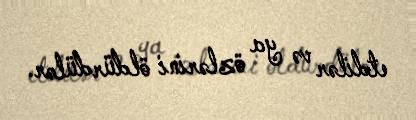
etdilər və ya özlərini öldürdülər.